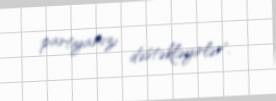
partiyamızı dəstəkləyirlər".